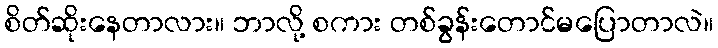
စိတ်ဆိုးနေတာလား။ ဘာလို့ စကား တစ်ခွန်းတောင်မပြောတာလဲ။